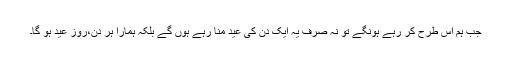
جب ہم اس طرح کر رہے ہونگے تو نہ صرف یہ ایک دن کی عید منا رہے ہوں گے بلکہ ہمارا ہر دن،روزِ عید ہو گا۔